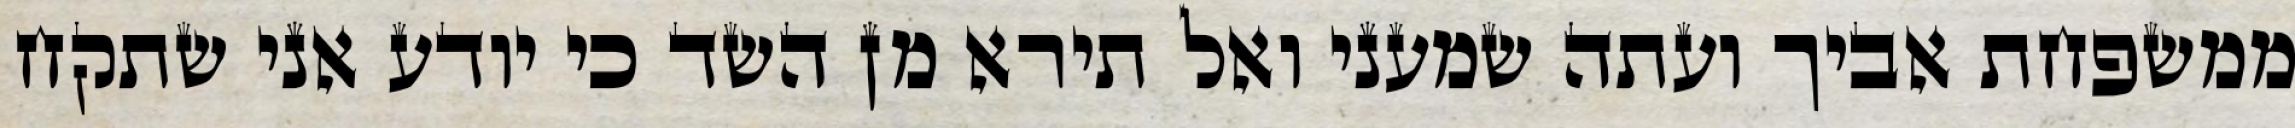
ממשפחת אביך ועתה שמעני ואל תירא מן השד כי יודע אני שתקח